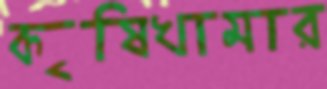
কৃষিখামার